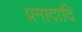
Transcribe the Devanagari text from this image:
प्रमादादि